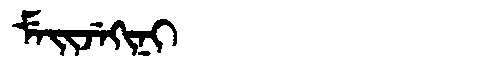
Manchu: ᠮᡝᡳᠵᡝᡴᡳᠨᡳ
Romanization: MEIJEKINI